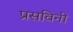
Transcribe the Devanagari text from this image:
प्रसविनी